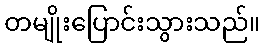
တမျိုးပြောင်းသွားသည်။